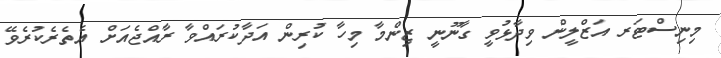
މިނިސްޓަރ އަޒްލީން ވިދާޅުވީ ގާނޫނީ ޒިންމާ މިހާ ކުރިން އަދާކުރައްވާ ރާއްޖެއަށް އެތެރެކުރެވޭ